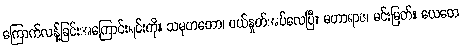
ကြောက်လန့်ခြင်းအကြောင်းရင်းကို။ သမုဟတော၊ ပယ်နှုတ်အပ်လေပြီ။ မဟာရာဇ၊ မင်းမြတ်။ ယေတေ